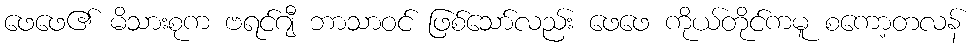
ဖေဖေ၏ မိသားစုက ဗရင်ဂျီ ဘာသာဝင် ဖြစ်သော်လည်း ဖေဖေ ကိုယ်တိုင်ကမူ စကော့တလန်